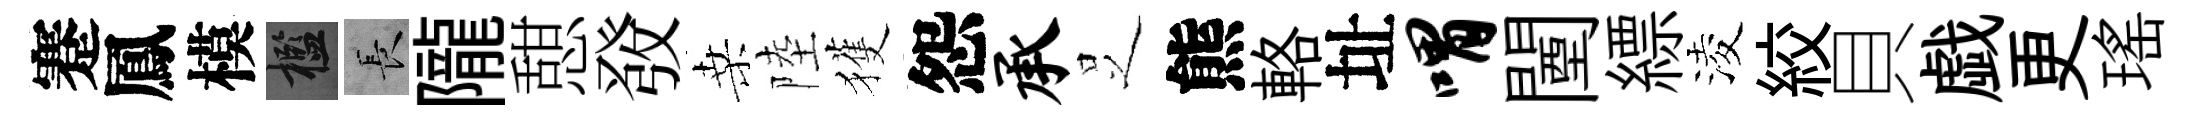
蹇鳳模檻长隴憇𤼲桑陸獲怨承𠯁熊輅址喟闉縹淩絞貝戯更瑤